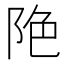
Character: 𨹔